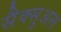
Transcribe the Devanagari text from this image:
सैक्सुअल